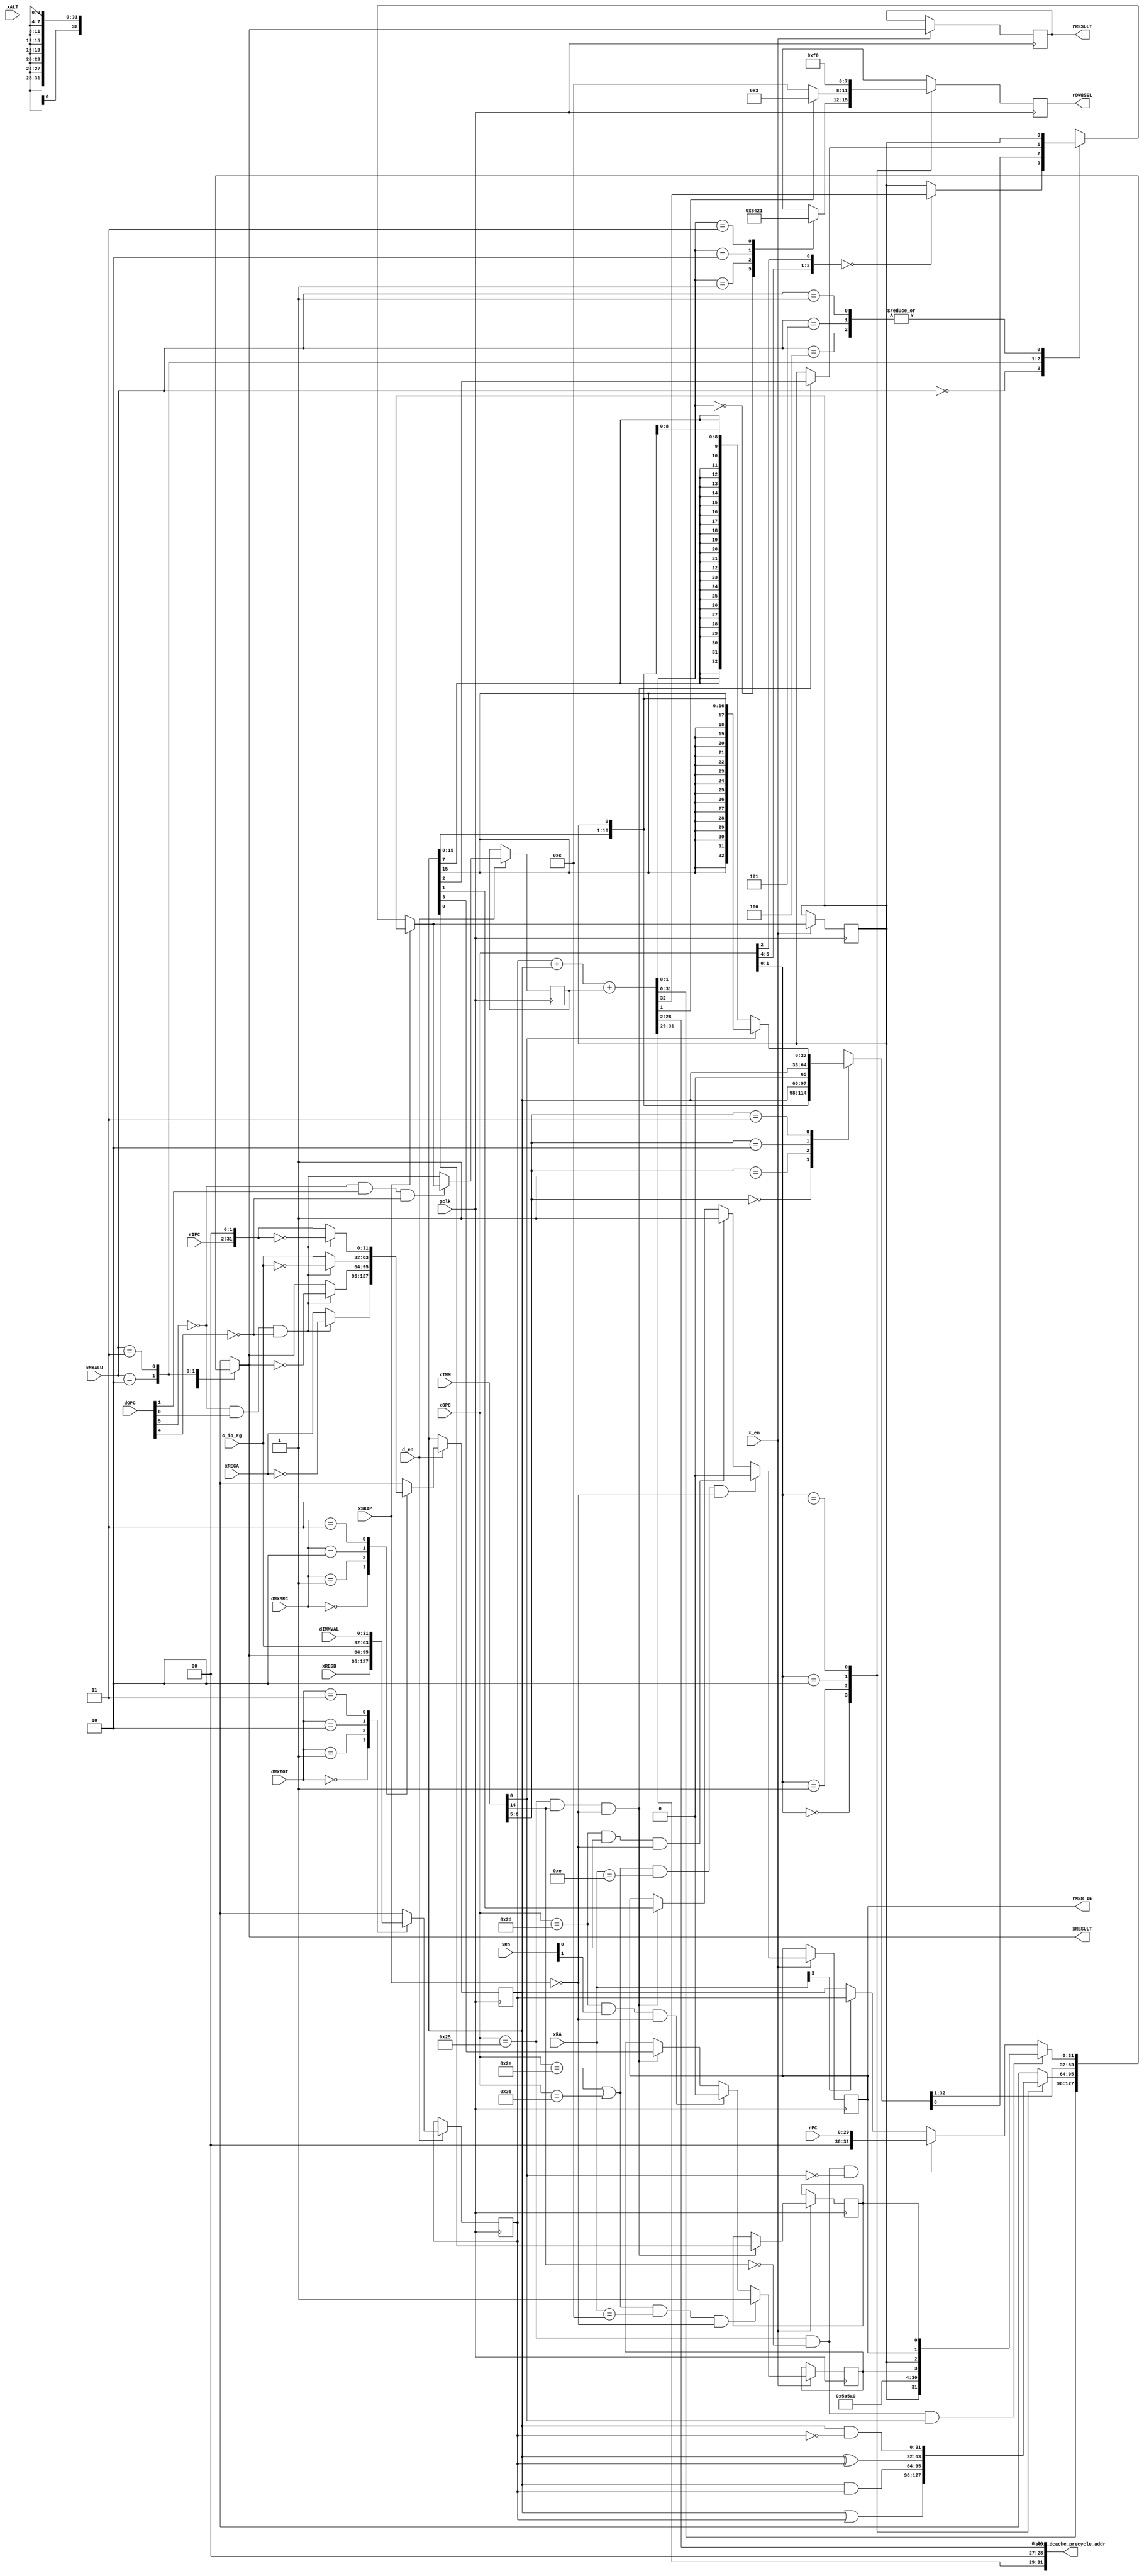
module aexm_xecu (
   // Outputs
   aexm_dcache_precycle_addr,
   xRESULT, rRESULT, rDWBSEL, rMSR_IE,
   // Inputs
   xREGA, xREGB, dMXSRC, dMXTGT, xRA, xMXALU, xSKIP, xALT,
   dIMMVAL, xIMM, xOPC, dOPC, xRD, c_io_rg, rIPC, rPC, gclk, d_en, x_en
   );
   parameter DW=32;

   parameter BSF=0;

   // DATA interface
   output [DW-1:0] aexm_dcache_precycle_addr;

   // INTERNAL
   output [31:0]   xRESULT;
   output [31:0]   rRESULT;
   output [3:0]    rDWBSEL;
   output 	   rMSR_IE;
   input [31:0]    xREGA, xREGB;
   input [1:0] 	   dMXSRC, dMXTGT;
   input [4:0] 	   xRA;
   input [2:0] 	   xMXALU;
   input [10:0]    xALT;
  input 	   xSKIP;

   input [31:0]    dIMMVAL;
   input [15:0]    xIMM;
   input [5:0] 	   xOPC, dOPC;
   input [4:0] 	   xRD;
   input [31:0]    c_io_rg;
   input [31:2]    rIPC, rPC;

   // SYSTEM
   input 	   gclk, d_en, x_en;

   reg 		   rMSR_BE = 1'b0, xMSR_BE;
   reg 		   rMSR_BIP = 1'b0, xMSR_BIP;
   reg 		   rMSR_C = 1'b0, xMSR_C;
   reg 		   rMSR_IE = 1'b0, xMSR_IE;

   // --- OPERAND SELECT

  reg [31:0] 	   rOPA = 32'hcecabeef, rOPB = 32'hb00000b5;
  reg 		   carry = 1'b0;

   always @(posedge gclk)
     if (d_en)
     case (dMXSRC)
       2'o0: rOPA <= dSUB ? ~xREGA : xREGA;
       2'o1: rOPA <= dSUB ? ~xRESULT : xRESULT;
       2'o2: rOPA <= dSUB ? ~c_io_rg : c_io_rg;
       2'o3: rOPA <= dSUB ? ~({rIPC, 2'o0}) : {rIPC, 2'o0};
     endcase // case (dMXSRC)

   always @(posedge gclk)
     if (d_en)
     case (dMXTGT)
       2'o0: rOPB <= xREGB;
       2'o1: rOPB <= xRESULT;
       2'o2: rOPB <= c_io_rg;
       2'o3: rOPB <= dIMMVAL;
     endcase // case (dMXTGT)

  always @(posedge gclk)
    if (d_en)
      carry <= dCCC ? xMSR_C : dSUB;

   // --- ADD/SUB SELECTOR ----

   reg 		    rRES_ADDC;
   reg [31:0] 	    rRES_ADD;

   wire [31:0] 		wADD;
   wire 		wADC;

  wire 			dCCC = !dOPC[5] & dOPC[1] & !dOPC[4];
  wire 			dSUB = !dOPC[5] & dOPC[0] & !dOPC[4];
// fCMP and wCMP are decommisioned until further notice
//   wire 		fCMP = !xOPC[3] & xIMM[1]; // unsigned only
//   wire 		wCMP = (fCMP) ? !wADC : wADD[31]; // cmpu adjust

   assign 		{wADC, wADD} = (rOPB + rOPA) + carry;

   always @(wADC or wADD /*or wCMP*/) begin
// wCMP decommisioned until further notice
//     {rRES_ADDC, rRES_ADD} <= {wADC, wCMP, wADD[30:0]};
     {rRES_ADDC, rRES_ADD} <= {wADC, wADD[31:0]};
   end

   // --- LOGIC SELECTOR --------------------------------------

   reg [31:0] 	    rRES_LOG;
   always @(rOPA or rOPB or xOPC)
     case (xOPC[1:0])
       2'o0: rRES_LOG <= rOPA | rOPB;
       2'o1: rRES_LOG <= rOPA & rOPB;
       2'o2: rRES_LOG <= rOPA ^ rOPB;
       2'o3: rRES_LOG <= rOPA & ~rOPB;
     endcase // case (xOPC[1:0])

   // --- SHIFTER SELECTOR ------------------------------------

   reg [31:0] 	    rRES_SFT;
   reg 		    rRES_SFTC;

   always @(xIMM or rMSR_C or rOPA)
     case (xIMM[6:5])
       2'o0: {rRES_SFT, rRES_SFTC} <= {rOPA[31],rOPA[31:0]};
       2'o1: {rRES_SFT, rRES_SFTC} <= {rMSR_C,rOPA[31:0]};
       2'o2: {rRES_SFT, rRES_SFTC} <= {1'b0,rOPA[31:0]};
       2'o3: {rRES_SFT, rRES_SFTC} <= (xIMM[0]) ? { {(16){rOPA[15]}}, rOPA[15:0], rMSR_C} :
				      { {(24){rOPA[7]}}, rOPA[7:0], rMSR_C};
     endcase // case (xIMM[6:5])

   // --- MOVE SELECTOR ---------------------------------------

   wire [31:0] 	    wMSR = {rMSR_C, 3'o0,
			    20'h05a5a,
			    4'h0, rMSR_BIP, rMSR_C, rMSR_IE, rMSR_BE};
   wire 	    fMFSR = (xOPC == 6'o45) & !xIMM[14] & xIMM[0];
   wire 	    fMFPC = (xOPC == 6'o45) & !xIMM[14] & !xIMM[0];
   reg [31:0] 	    rRES_MOV;
   always @(fMFPC or fMFSR or rOPA or rOPB or rPC or xRA
	    or wMSR)
     rRES_MOV <= (fMFSR) ? wMSR :
		 (fMFPC) ? rPC :
		 (xRA[3]) ? rOPB : // !?! WTF!
		 rOPA;

   // --- BARREL SHIFTER --------------------------------------

   reg [31:0] 	 rRES_BSF;
   reg [31:0] 	 xBSRL, xBSRA, xBSLL;

   // Infer a logical left barrel shifter.
   always @(rOPA or rOPB)
     xBSLL <= rOPA << rOPB[4:0];

   // Infer a logical right barrel shifter.
   always @(rOPA or rOPB)
     xBSRL <= rOPA >> rOPB[4:0];

   // Infer a arithmetic right barrel shifter.
   always @(rOPA or rOPB)
     case (rOPB[4:0])
       5'd00: xBSRA <= rOPA;
       5'd01: xBSRA <= {{(1){rOPA[31]}}, rOPA[31:1]};
       5'd02: xBSRA <= {{(2){rOPA[31]}}, rOPA[31:2]};
       5'd03: xBSRA <= {{(3){rOPA[31]}}, rOPA[31:3]};
       5'd04: xBSRA <= {{(4){rOPA[31]}}, rOPA[31:4]};
       5'd05: xBSRA <= {{(5){rOPA[31]}}, rOPA[31:5]};
       5'd06: xBSRA <= {{(6){rOPA[31]}}, rOPA[31:6]};
       5'd07: xBSRA <= {{(7){rOPA[31]}}, rOPA[31:7]};
       5'd08: xBSRA <= {{(8){rOPA[31]}}, rOPA[31:8]};
       5'd09: xBSRA <= {{(9){rOPA[31]}}, rOPA[31:9]};
       5'd10: xBSRA <= {{(10){rOPA[31]}}, rOPA[31:10]};
       5'd11: xBSRA <= {{(11){rOPA[31]}}, rOPA[31:11]};
       5'd12: xBSRA <= {{(12){rOPA[31]}}, rOPA[31:12]};
       5'd13: xBSRA <= {{(13){rOPA[31]}}, rOPA[31:13]};
       5'd14: xBSRA <= {{(14){rOPA[31]}}, rOPA[31:14]};
       5'd15: xBSRA <= {{(15){rOPA[31]}}, rOPA[31:15]};
       5'd16: xBSRA <= {{(16){rOPA[31]}}, rOPA[31:16]};
       5'd17: xBSRA <= {{(17){rOPA[31]}}, rOPA[31:17]};
       5'd18: xBSRA <= {{(18){rOPA[31]}}, rOPA[31:18]};
       5'd19: xBSRA <= {{(19){rOPA[31]}}, rOPA[31:19]};
       5'd20: xBSRA <= {{(20){rOPA[31]}}, rOPA[31:20]};
       5'd21: xBSRA <= {{(21){rOPA[31]}}, rOPA[31:21]};
       5'd22: xBSRA <= {{(22){rOPA[31]}}, rOPA[31:22]};
       5'd23: xBSRA <= {{(23){rOPA[31]}}, rOPA[31:23]};
       5'd24: xBSRA <= {{(24){rOPA[31]}}, rOPA[31:24]};
       5'd25: xBSRA <= {{(25){rOPA[31]}}, rOPA[31:25]};
       5'd26: xBSRA <= {{(26){rOPA[31]}}, rOPA[31:26]};
       5'd27: xBSRA <= {{(27){rOPA[31]}}, rOPA[31:27]};
       5'd28: xBSRA <= {{(28){rOPA[31]}}, rOPA[31:28]};
       5'd29: xBSRA <= {{(29){rOPA[31]}}, rOPA[31:29]};
       5'd30: xBSRA <= {{(30){rOPA[31]}}, rOPA[31:30]};
       5'd31: xBSRA <= {{(31){rOPA[31]}}, rOPA[31]};
     endcase // case (rOPB[4:0])

   reg [31:0] 	 rBSRL, rBSRA, rBSLL;

   always @(posedge gclk)
     if (!x_en) begin // TODO: maybe remove the if
	rBSRL <= xBSRL;
	rBSRA <= xBSRA;
	rBSLL <= xBSLL;
     end

   always @(xALT or rBSLL or rBSRA or rBSRL)
     case (xALT[10:9])
       2'd0: rRES_BSF <= rBSRL;
       2'd1: rRES_BSF <= rBSRA;
       2'd2: rRES_BSF <= rBSLL;
       default: rRES_BSF <= 32'hX;
     endcase // case (xALT[10:9])


   // --- MSR REGISTER -----------------

   // C
   wire 	   fMTS = (xOPC == 6'o45) & xIMM[14] & !xSKIP;
   wire 	   fADDC = ({xOPC[5:4], xOPC[2]} == 3'o0);

   always @(fADDC or fMTS or xSKIP or rMSR_C or xMXALU
	    or rOPA or rRES_ADDC or rRES_SFTC)
     if (xSKIP) begin
	xMSR_C <= rMSR_C;
     end else
       case (xMXALU)
	 3'o0: xMSR_C <= (fADDC) ? rRES_ADDC : rMSR_C;
	 3'o1: xMSR_C <= rMSR_C; // LOGIC
	 3'o2: xMSR_C <= rRES_SFTC; // SHIFT
	 3'o3: xMSR_C <= (fMTS) ? rOPA[2] : rMSR_C;
	 3'o4: xMSR_C <= rMSR_C;
	 3'o5: xMSR_C <= rMSR_C;
	 default: xMSR_C <= 1'hX;
       endcase // case (xMXALU)

   // IE/BIP/BE
   wire 	    fRTID = (xOPC == 6'o55) & xRD[0] & !xSKIP;
   wire 	    fRTBD = (xOPC == 6'o55) & xRD[1] & !xSKIP;
   wire 	    fBRK = ((xOPC == 6'o56) | (xOPC == 6'o66)) &
		    (xRA == 5'hC) & !xSKIP;
   wire 	    fINT = ((xOPC == 6'o56) | (xOPC == 6'o66)) &
		    (xRA == 5'hE) & !xSKIP;

   always @(fINT or fMTS or fRTID or rMSR_IE or rOPA)
     xMSR_IE <= (fINT) ? 1'b0 :
		(fRTID) ? 1'b1 :
		(fMTS) ? rOPA[1] :
		rMSR_IE;

   always @(fBRK or fMTS or fRTBD or rMSR_BIP or rOPA)
     xMSR_BIP <= (fBRK) ? 1'b1 :
		 (fRTBD) ? 1'b0 :
		 (fMTS) ? rOPA[3] :
		 rMSR_BIP;

   always @(fMTS or rMSR_BE or rOPA)
     xMSR_BE <= (fMTS) ? rOPA[0] : rMSR_BE;

   // --- RESULT SELECTOR -------------------------------------------
   // Selects results from functional units.
   reg [31:0] 	   rRESULT = 32'd0, xRESULT;

   // RESULT
   always @(xMXALU or rRES_ADD or rRES_BSF or rRES_LOG or
	    rRES_MOV or rRES_SFT)
       case (xMXALU)
	 3'o0: xRESULT <= rRES_ADD;
	 3'o1: xRESULT <= rRES_LOG;
	 3'o2: xRESULT <= rRES_SFT;
	 3'o3: xRESULT <= rRES_MOV;
	 3'o4: xRESULT <= 32'hX;
	 3'o5: xRESULT <= (BSF) ? rRES_BSF : 32'hX;
	 default: xRESULT <= 32'hX;
       endcase // case (xMXALU)

   // --- DATA WISHBONE -----

   reg [3:0] 	    rDWBSEL = 4'h0, xDWBSEL;
//   assign           aexm_dcache_precycle_addr = xRESULT[DW-1:2];
  assign aexm_dcache_precycle_addr = {rRES_ADD[31:29],2'h0,
				      rRES_ADD[28:2]};

   always @(xOPC or wADD)
     case (xOPC[1:0])
       2'o0: case (wADD[1:0]) // 8'bit
	       2'o0: xDWBSEL <= 4'h8;
	       2'o1: xDWBSEL <= 4'h4;
	       2'o2: xDWBSEL <= 4'h2;
	       2'o3: xDWBSEL <= 4'h1;
	     endcase // case (wADD[1:0])
       2'o1: xDWBSEL <= (wADD[1]) ? 4'h3 : 4'hC; // 16'bit
       2'o2: xDWBSEL <= 4'hF; // 32'bit
       2'o3: xDWBSEL <= 4'h0; // FSL
     endcase // case (xOPC[1:0])

   // --- SYNC ---

   always @(posedge gclk)
     begin
       if (x_en) begin
	 rRESULT <= xRESULT;
	 rMSR_C <= xMSR_C;
	 rMSR_IE <= xMSR_IE;
	 rMSR_BE <= xMSR_BE;
	 rMSR_BIP <= xMSR_BIP;
       end
       rDWBSEL <= xDWBSEL;
     end

endmodule